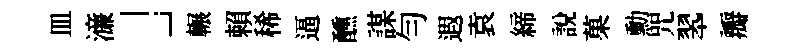
皿濓」輾賴稀逼醺謀勻遐袁締説菓勳咒翆瓣